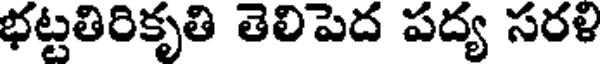
భట్టతిరికృతి తెలిపెద పద్య సరళి